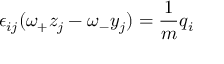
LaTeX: \epsilon _ { i j } ( \omega _ { + } z _ { j } - \omega _ { - } y _ { j } ) = \frac { 1 } { m } q _ { i }